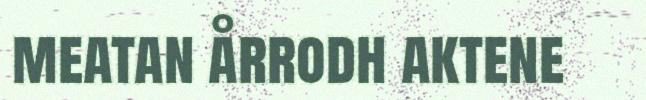
meatan årrodh aktene